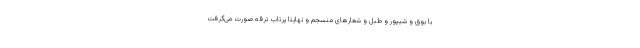
با بوق و شیپور و طبل و شعارهای منسجم و نهایتاً پرتاب ترقه صورت می‌گرفت